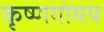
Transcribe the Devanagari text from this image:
कृष्णगोमय